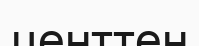
центтен